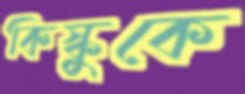
কিস্কুকে